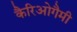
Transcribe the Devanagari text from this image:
कैरिओगैमी